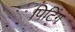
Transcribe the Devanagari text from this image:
पिटिंग